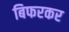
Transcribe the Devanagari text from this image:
बिफरकर